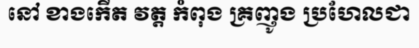
នៅ ខាងកើត វត្ត កំពុង គ្រញូង ប្រហែលជា